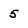
Character: 5